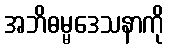
အဘိဓမ္မဒေသနာကို